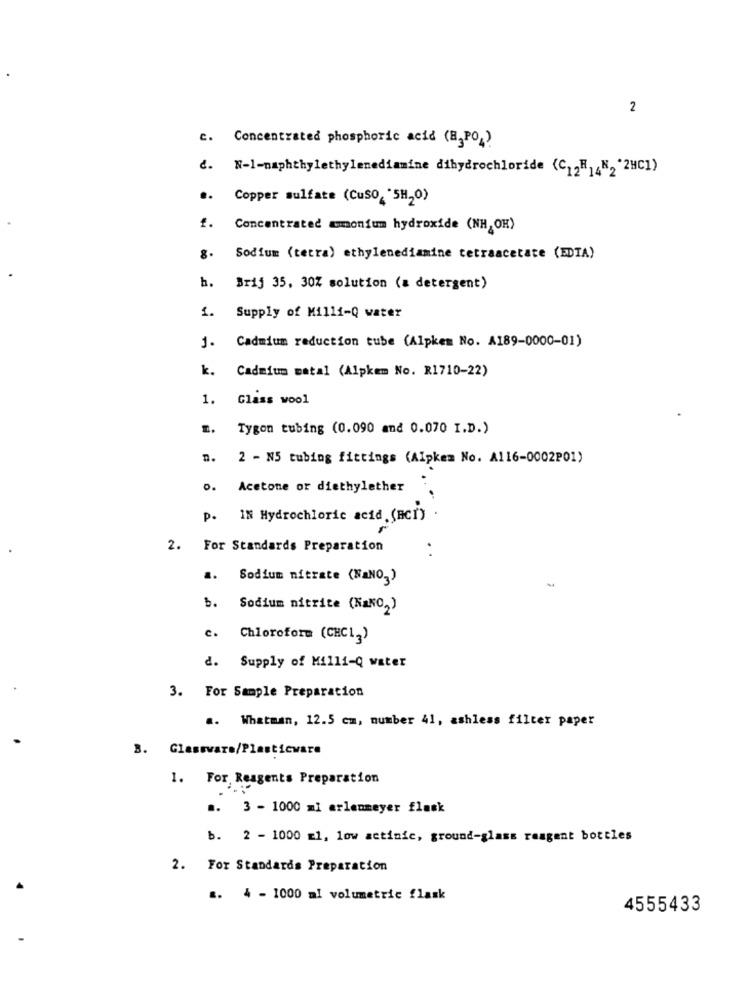
2
c. Concentrated phosphoric acid (B3PO-)
d. N-1-naphthylethylenediamine dihydrochloride (C12H] ,", "2HC1)
.. Copper sulfate (Cuso, "5H20)
£.
Concentrated ammonium hydroxide (NH, OH)
8.
Sodium (tetra) ethylenediamine tetraacetate (EDTA)
h. Brij 35, 30% solution (a detergent)
1.
Supply of Milli-Q water
Cadmium reduction tube (Alpkem No. A189-0000-01)
1.
k.
Cadmium Batal (Alpkem No. R1710-22)
1.
Glass wool
Tygon tubing (0.090 and 0.070 I.D.)
n.
2 - N5 tubing fittings (Alpkem No. A116-0002P01)
o. Acetone or diethylether
p. IN Hydrochloric acid . (BCr)
2. For Standards Preparation
. .
..
Sodium nitrate (NaNO,)
Sodium nitrite (NaNO,)
c.
Chloroform (CHCI-)
d. Supply of Milli-Q water
3. For Sample Preparation
a. Whatman, 12.5 cm, number 41, ashless filter paper
3. Glassware/Plasticware
1. For, Reagents Preparation
.. 3 - 1000 mi arlenmeyer flask
b. 2 - 1000 x1, low actinic, ground-glass reagent bottles
2. For Standards Preparation
.. 4 - 1000 al volumetric flask
4555433